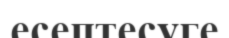
есептесуге